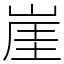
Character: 崖